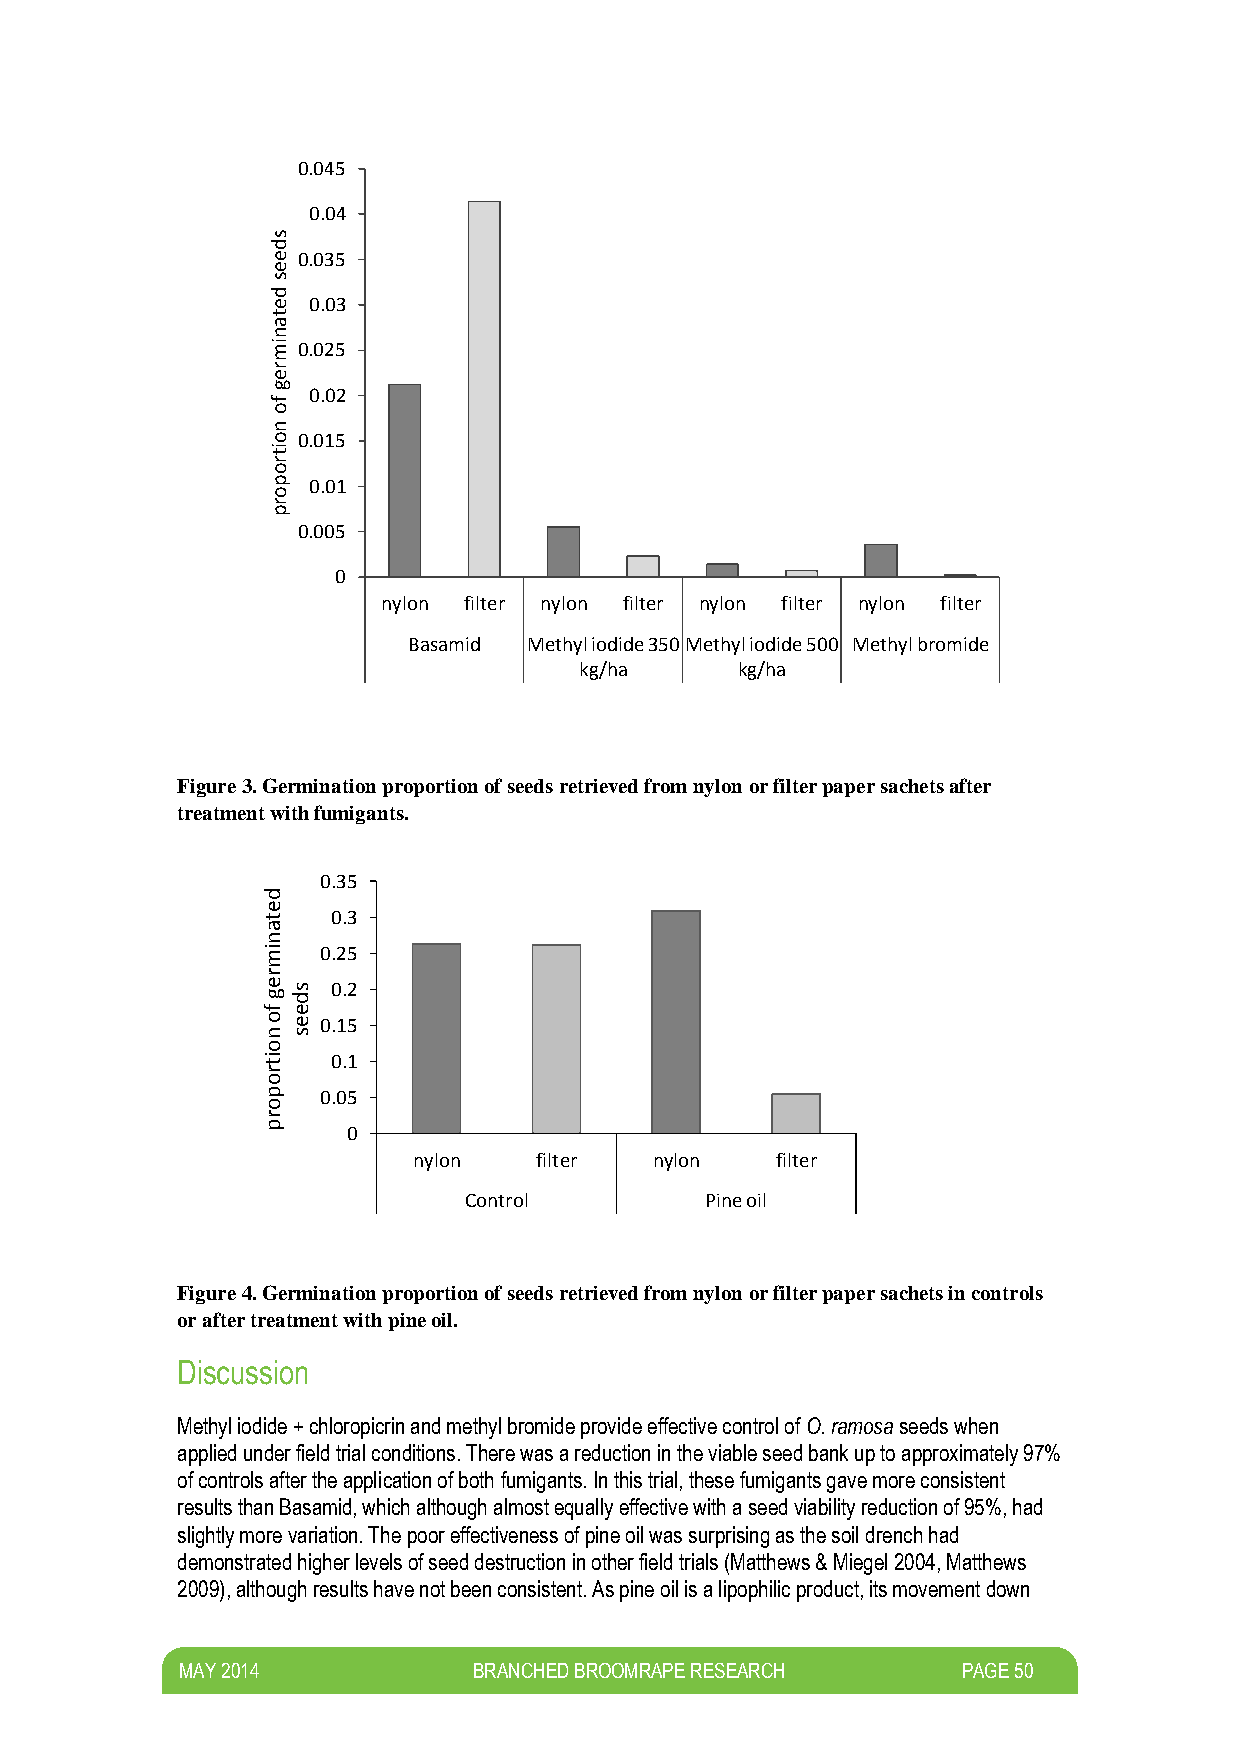
0.045
 0.04
 s
 d
 e 0.035
 e
 s
 d
 e 0.03
 t
 a
 n
 im 0.025
 r
 e
 g
 f
 0.02
 o
 n
 o 0.015
 it
 r
 o
 p 0.01
 o
 r
 p
 0.005
 0
 nylon filter nylon filter nylon filter nylon filter
 Basamid Methyl iodide 350 Methyl iodide 500 Methyl bromide
 kg/ha      kg/ha
 Figure 3. Germination proportion of seeds retrieved from nylon or filter paper sachets after
 treatment with fumigants.
 0.35
 d
 e
 t    0.3
 a
 n
 im  0.25
 r
 e g fs d
 e
 0.2
 o ne
 s
 0.15
 o
 it   0.1
 r
 o
 p   0.05
 o
 r
 p     0
 nylon   filter  nylon   filter
 Control         Pine oil
 Figure 4. Germination proportion of seeds retrieved from nylon or filter paper sachets in controls
 or after treatment with pine oil.
 Discussion
 Methyl iodide + chloropicrin and methyl bromide provide effective control of O. ramosa seeds when
 applied under field trial conditions. There was a reduction in the viable seed bank up to approximately 97%
 of controls after the application of both fumigants. In this trial, these fumigants gave more consistent
 results than Basamid, which although almost equally effective with a seed viability reduction of 95%, had
 slightly more variation. The poor effectiveness of pine oil was surprising as the soil drench had
 demonstrated higher levels of seed destruction in other field trials (Matthews & Miegel 2004, Matthews
 2009), although results have not been consistent. As pine oil is a lipophilic product, its movement down
 M AY 2014          BRANCHED BROOMRAPE RESEARCH      PAGE 50